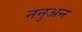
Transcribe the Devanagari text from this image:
ननुअन